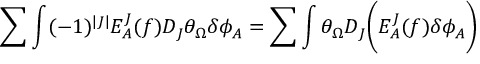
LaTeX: \sum \int ( - 1 ) ^ { | J | } E _ { A } ^ { J } ( f ) D _ { J } \theta _ { \Omega } \delta \phi _ { A } = \sum \int \theta _ { \Omega } D _ { J } \biggl ( E _ { A } ^ { J } ( f ) \delta \phi _ { A } \biggr )